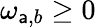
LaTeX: \omega_{\mathsf{a},b}\geq0